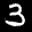
Label: 3